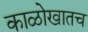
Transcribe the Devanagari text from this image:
काळोखातच